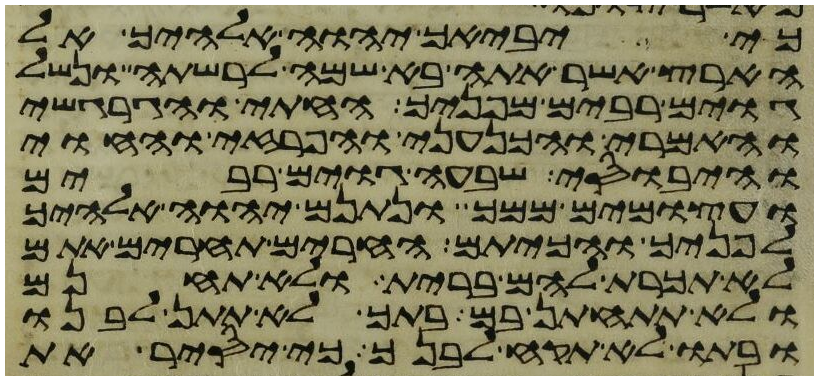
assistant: כי יביאך יהוה אלהיך אל
הארץ אשר אתה בא שמה לרשתה ונשל
גוים רבים מפניך החתי והגרגשי
והאמרי והכנעני והפרזי והחוי
והיבוסי שבעה גוים רבים
ועצמים ממך ונתנם יהוה אלהיך
לפניך והכיתם החרים תחרים אתם
לא תכרת להם ברית ולא תחנם
ולא תתחתן בם בתך לא תתן לבנו
ובתו לא תקח לבנך כי יסיר את